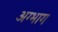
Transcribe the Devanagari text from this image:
अग्भाग